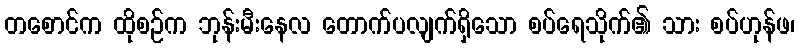
တစောင်က ထိုစဉ်က ဘုန်းမီးနေလ တောက်ပလျက်ရှိသော စပ်ရေသိုက်၏ သား စပ်ဟုန်ဖ၊